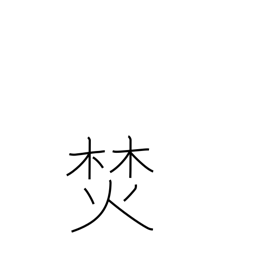
Meaning: build a fire